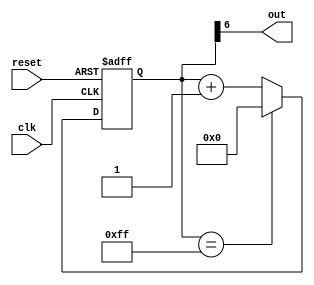
module clock_divider (
    input clk,
    input reset,
    output reg out
);

reg [7:0] counter;

always @(posedge clk or posedge reset) begin
    if (reset)
        counter <= 0;
    else begin
        if (counter == 255)
            counter <= 0;
        else
            counter <= counter + 1;
    end
end

assign out = counter[6];

endmodule